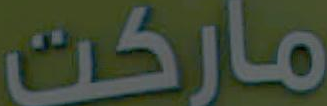
ماركت